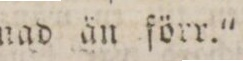
nad ån förr.'